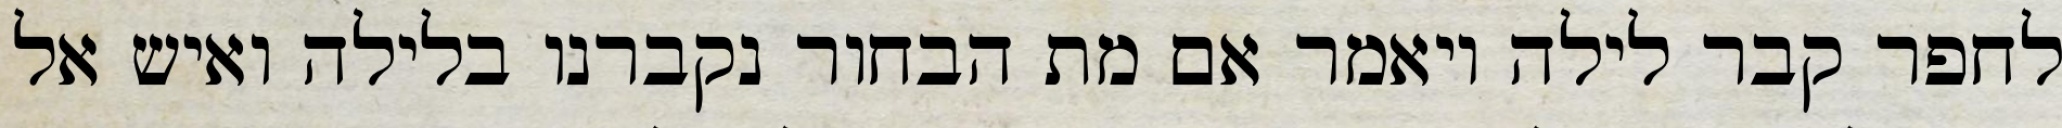
לחפר קבר לילה ויאמר אם מת הבחור נקברנו בלילה ואיש אל